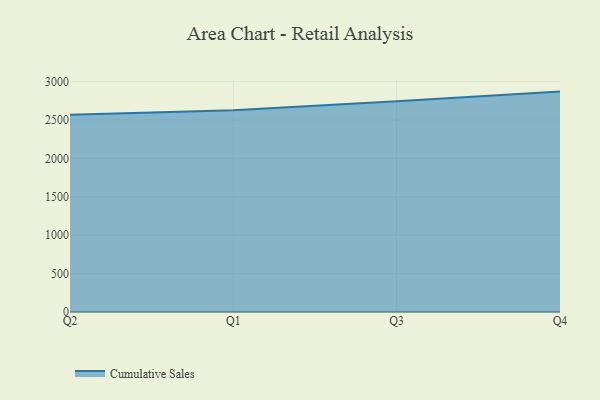
{"axis": {"x": "Quarter", "y": "Churn Rate (%)"}, "legend": ["Cumulative Sales"], "data": [{"x": "Q2", "y": 2569.6, "type": "Cumulative Sales"}, {"x": "Q1", "y": 2628.7, "type": "Cumulative Sales"}, {"x": "Q3", "y": 2746.2, "type": "Cumulative Sales"}, {"x": "Q4", "y": 2870.9, "type": "Cumulative Sales"}]}